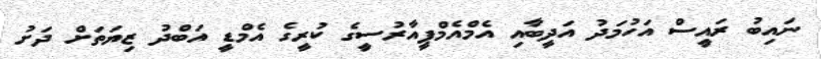
ނައިބު ރައީސް އަހުމަދު އަދީބާއި އެމްއެމްޕީއާރުސީގެ ކުރީގެ އެމްޑީ އަބްދު ޒިޔަތަށް ދަށު